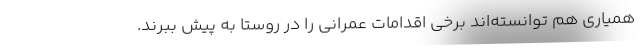
همیاری هم توانسته‌اند برخی اقدامات عمرانی را در روستا به پیش ببرند.